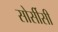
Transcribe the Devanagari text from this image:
सोर्सीसी